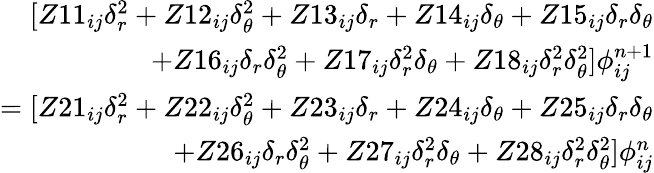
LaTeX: \begin{array}{r}{[Z11_{ij}\delta_{r}^{2}+Z12_{ij}\delta_{\theta}^{2}+Z13_{ij}\delta_{r}+Z14_{ij}\delta_{\theta}+Z15_{ij}\delta_{r}\delta_{\theta}}\\ {+Z16_{ij}\delta_{r}\delta_{\theta}^{2}+Z17_{ij}\delta_{r}^{2}\delta_{\theta}+Z18_{ij}\delta_{r}^{2}\delta_{\theta}^{2}]\phi_{ij}^{n+1}}\\ {=[Z21_{ij}\delta_{r}^{2}+Z22_{ij}\delta_{\theta}^{2}+Z23_{ij}\delta_{r}+Z24_{ij}\delta_{\theta}+Z25_{ij}\delta_{r}\delta_{\theta}}\\ {+Z26_{ij}\delta_{r}\delta_{\theta}^{2}+Z27_{ij}\delta_{r}^{2}\delta_{\theta}+Z28_{ij}\delta_{r}^{2}\delta_{\theta}^{2}]\phi_{ij}^{n}}\end{array}